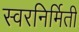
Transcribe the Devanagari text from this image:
स्वरनिर्मिती